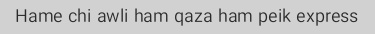
Hame chi awli ham qaza ham peik express